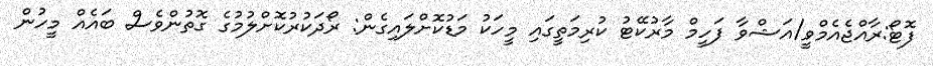
ފޮޓޯ:ރާއްޖެއެމްވީ/އަޝްވާ ފަހީމް މާރުކޭޓު ކުރިމަތީގައި މީހަކު މަޑުކޮށްލައިގެން: ރޯދަކުރުކޮށްލުމުގެ ގޮތުންވެސް ބައެއް މީހުން